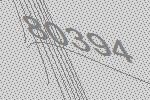
80394